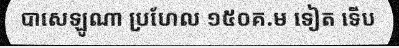
បាសេឡូណា ប្រហែល ១៥០គ.ម ទៀត ទើប